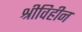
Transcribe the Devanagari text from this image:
श्रीविहीन